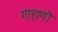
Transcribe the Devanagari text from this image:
गाहाणी